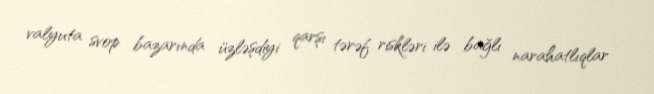
valyuta svop bazarında üzləşdiyi qarşı tərəf riskləri ilə bağlı narahatlıqlar